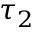
\tau _ { 2 }